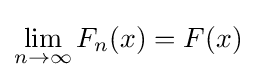
\lim _{n\to \infty }F_{n}(x)=F(x)